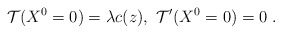
\begin{align*}\mathcal{T}(X^0=0)=\lambda c(z), \ \mathcal{T}'(X^0=0)=0 \ .\end{align*}